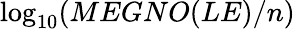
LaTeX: \log_{{10}}(MEGNO(LE)/n)